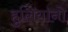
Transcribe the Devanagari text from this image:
हुलियानो